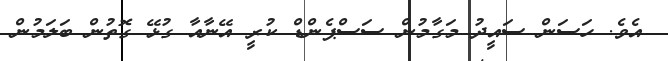
އެެވެ. ހަސަން ސައީދު މަގާމުން ސަސްޕެންޑް ކުރީ އޭނާއާ ގުޅޭ ގޮތުން ބަލަމުން